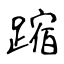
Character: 蹜